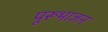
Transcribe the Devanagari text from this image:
पूरूभाजन